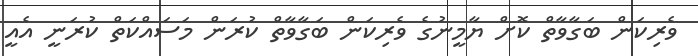
ވެރިކަން ބަގާވާތް ކޮށް ޔާމީނުގެ ވެރިކަން ބަގާވާތް ކުރަން މަސައްކަތް ކުރަނީ އެއީ